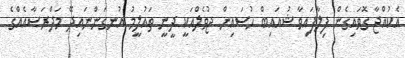
އެކުއްޖާ ގޮވައިގެން ފިލާފައިވާ ޝުއައިބް ހުސައިން ޖުވެލްއަކީ ދީނީ ތައުލީމު އުނގަންނައިދޭ މަދްރަސާއެއްގެ